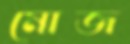
মোজ